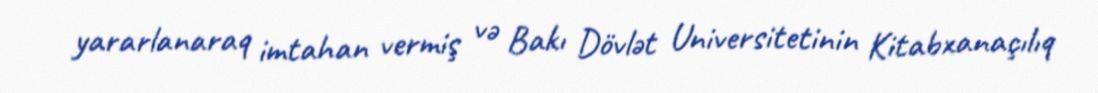
yararlanaraq imtahan vermiş və Bakı Dövlət Universitetinin Kitabxanaçılıq